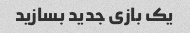
یک بازی جدید بسازید